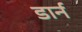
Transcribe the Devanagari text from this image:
डार्न